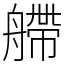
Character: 艜